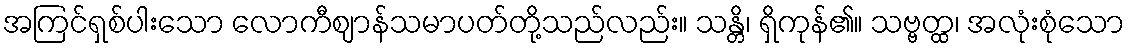
အကြင်ရှစ်ပါးသော လောကီဈာန်သမာပတ်တို့သည်လည်း။ သန္တိ၊ ရှိကုန်၏။ သဗ္ဗတ္ထ၊ အလုံးစုံသော